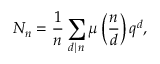
N _ { n } = { \frac { 1 } { n } } \sum _ { d \mid n } \mu \left( { \frac { n } { d } } \right) q ^ { d } ,